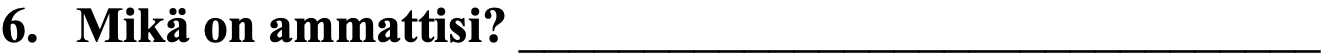
6. Mikä on ammattisi? ________________________________